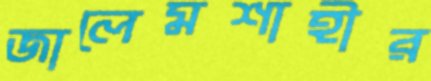
জালেমশাহীর